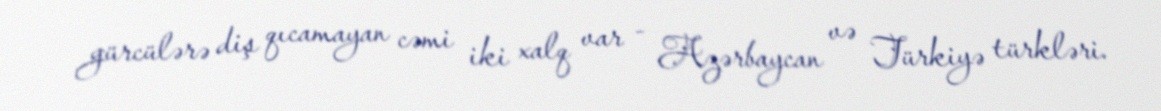
gürcülərə diş qıcamayan cəmi iki xalq var - Azərbaycan və Türkiyə türkləri.